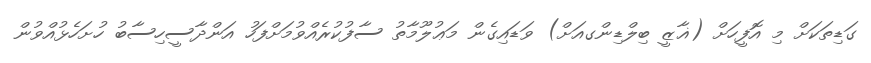
ގަޑިތަކަށް މި އޮފީހަށް (ޣާޒީ ބިލްޑިންގއަށް) ވަޑައިގެން މަޢުލޫމާތު ސާފުކުރެއްވުމަށްފަހު އަންދާސީހިސާބު ހުށަހެޅުއްވުން